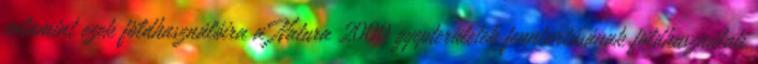
valamint ezek földhasználóira a Natura 2000 gyepterületek fenntartásának földhasználati